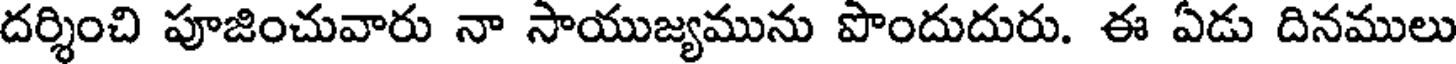
దర్శించి పూజించువారు నా సాయుజ్యమును పొందుదురు. ఈ ఏడు దినములు